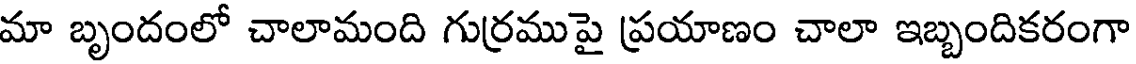
మా బృందంలో చాలామంది గుర్రముపై ప్రయాణం చాలా ఇబ్బందికరంగా